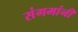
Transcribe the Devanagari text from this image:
संगमांनी